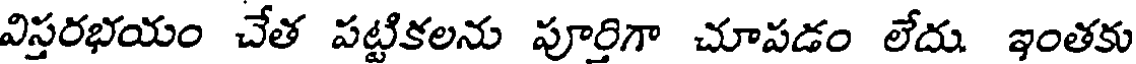
విస్తరభయం చేత పట్టికలను పూర్తిగా చూపడం లేదు ఇంతకు